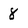
Character: 8